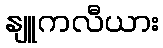
နျူကလီယား